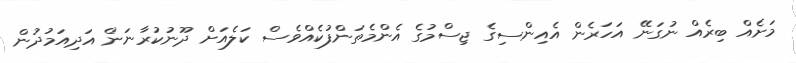
މަށެއް ބިރެއް ނުގަނޭ އަހަރެން އެއިންސިގެ ޖިސްމުގެ އެންމެތަންފުކެއްވެސް ކަލެއަށް ދޫނުކުރާނަން އަދިއަމުދުން